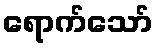
ရောက်သော်